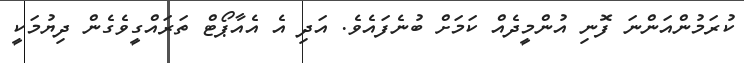
ކުރަމުންއަންނަ ފޮނި އުންމީދެއް ކަމަށް ބުނެފައެވެ. އަދި އެ އެއާޕޯޓް ތަރައްގީވެގެން ދިޔުމަކީ